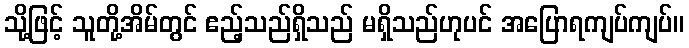
သို့ဖြင့် သူတို့အိမ်တွင် ဧည့်သည်ရှိသည် မရှိသည်ဟုပင် အပြောရကျပ်ကျပ်။